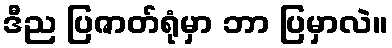
ဒီည ပြဇာတ်ရုံမှာ ဘာ ပြမှာလဲ။